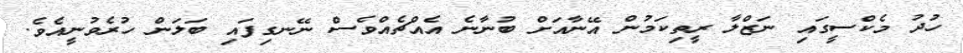
ހުދު މެކްސީގައި ނަޒްލާ ރީތިކަމުން އޭނާއަށް ބުނާނެ އެއްޗެއްވެސް ނޭނގިފައި ބަލަން ހުރެވުނީއެވެ.